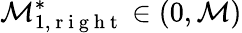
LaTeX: \mathcal{M}_{1,\mathrm{{~r~i~g~h~t~}}}^{*}\in(0,\mathcal{M})